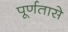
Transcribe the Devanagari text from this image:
पूर्णतासे